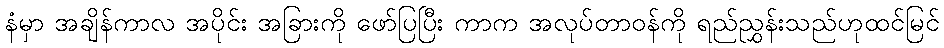
နံမှာ အချိန်ကာလ အပိုင်း အခြားကို ဖော်ပြပြီး ကာက အလုပ်တာဝန်ကို ရည်ညွှန်းသည်ဟုထင်မြင်